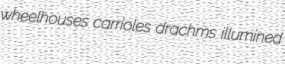
wheelhouses carrioles drachms illumined